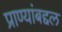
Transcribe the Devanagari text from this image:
प्राण्यांबद्दल